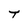
Character: T